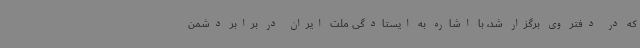
که در دفتر وی برگزار شد، با اشاره به ایستادگی ملت ایران در برابر دشمن